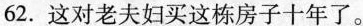
62.这对老夫妇买这栋房子十年了。